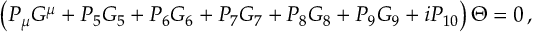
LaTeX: \left( P _ { \mu } G ^ { \mu } + P _ { 5 } G _ { 5 } + P _ { 6 } G _ { 6 } + P _ { 7 } G _ { 7 } + P _ { 8 } G _ { 8 } + P _ { 9 } G _ { 9 } + i P _ { 1 0 } \right) \Theta = 0 \, ,